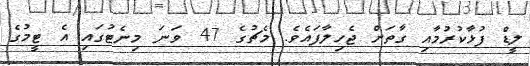
ލީޑް ފުޅާކުރުމާއި ގާތަށް ޖެހިލާފައެވެ. މެޗުގެ 47 ވަނަ މިނެޓުގައި އެ ޓީމުގެ